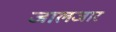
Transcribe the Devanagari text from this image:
जालजार